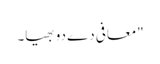
"معافی دے دو بھیا۔